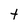
Character: t